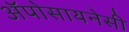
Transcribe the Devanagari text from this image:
अॅपोसायनेसी